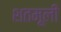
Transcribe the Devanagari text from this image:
शतमूली